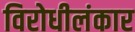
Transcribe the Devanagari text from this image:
विरोधीलंकार